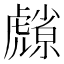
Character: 𮓮